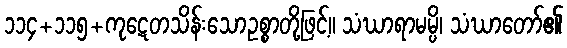
၁၁၄+၁၁၅+ကုဋေတသိန်းသောဥစ္စာတို့ဖြင့်။ သံဃာရာမမ္ပိ၊ သံဃာတော်၏